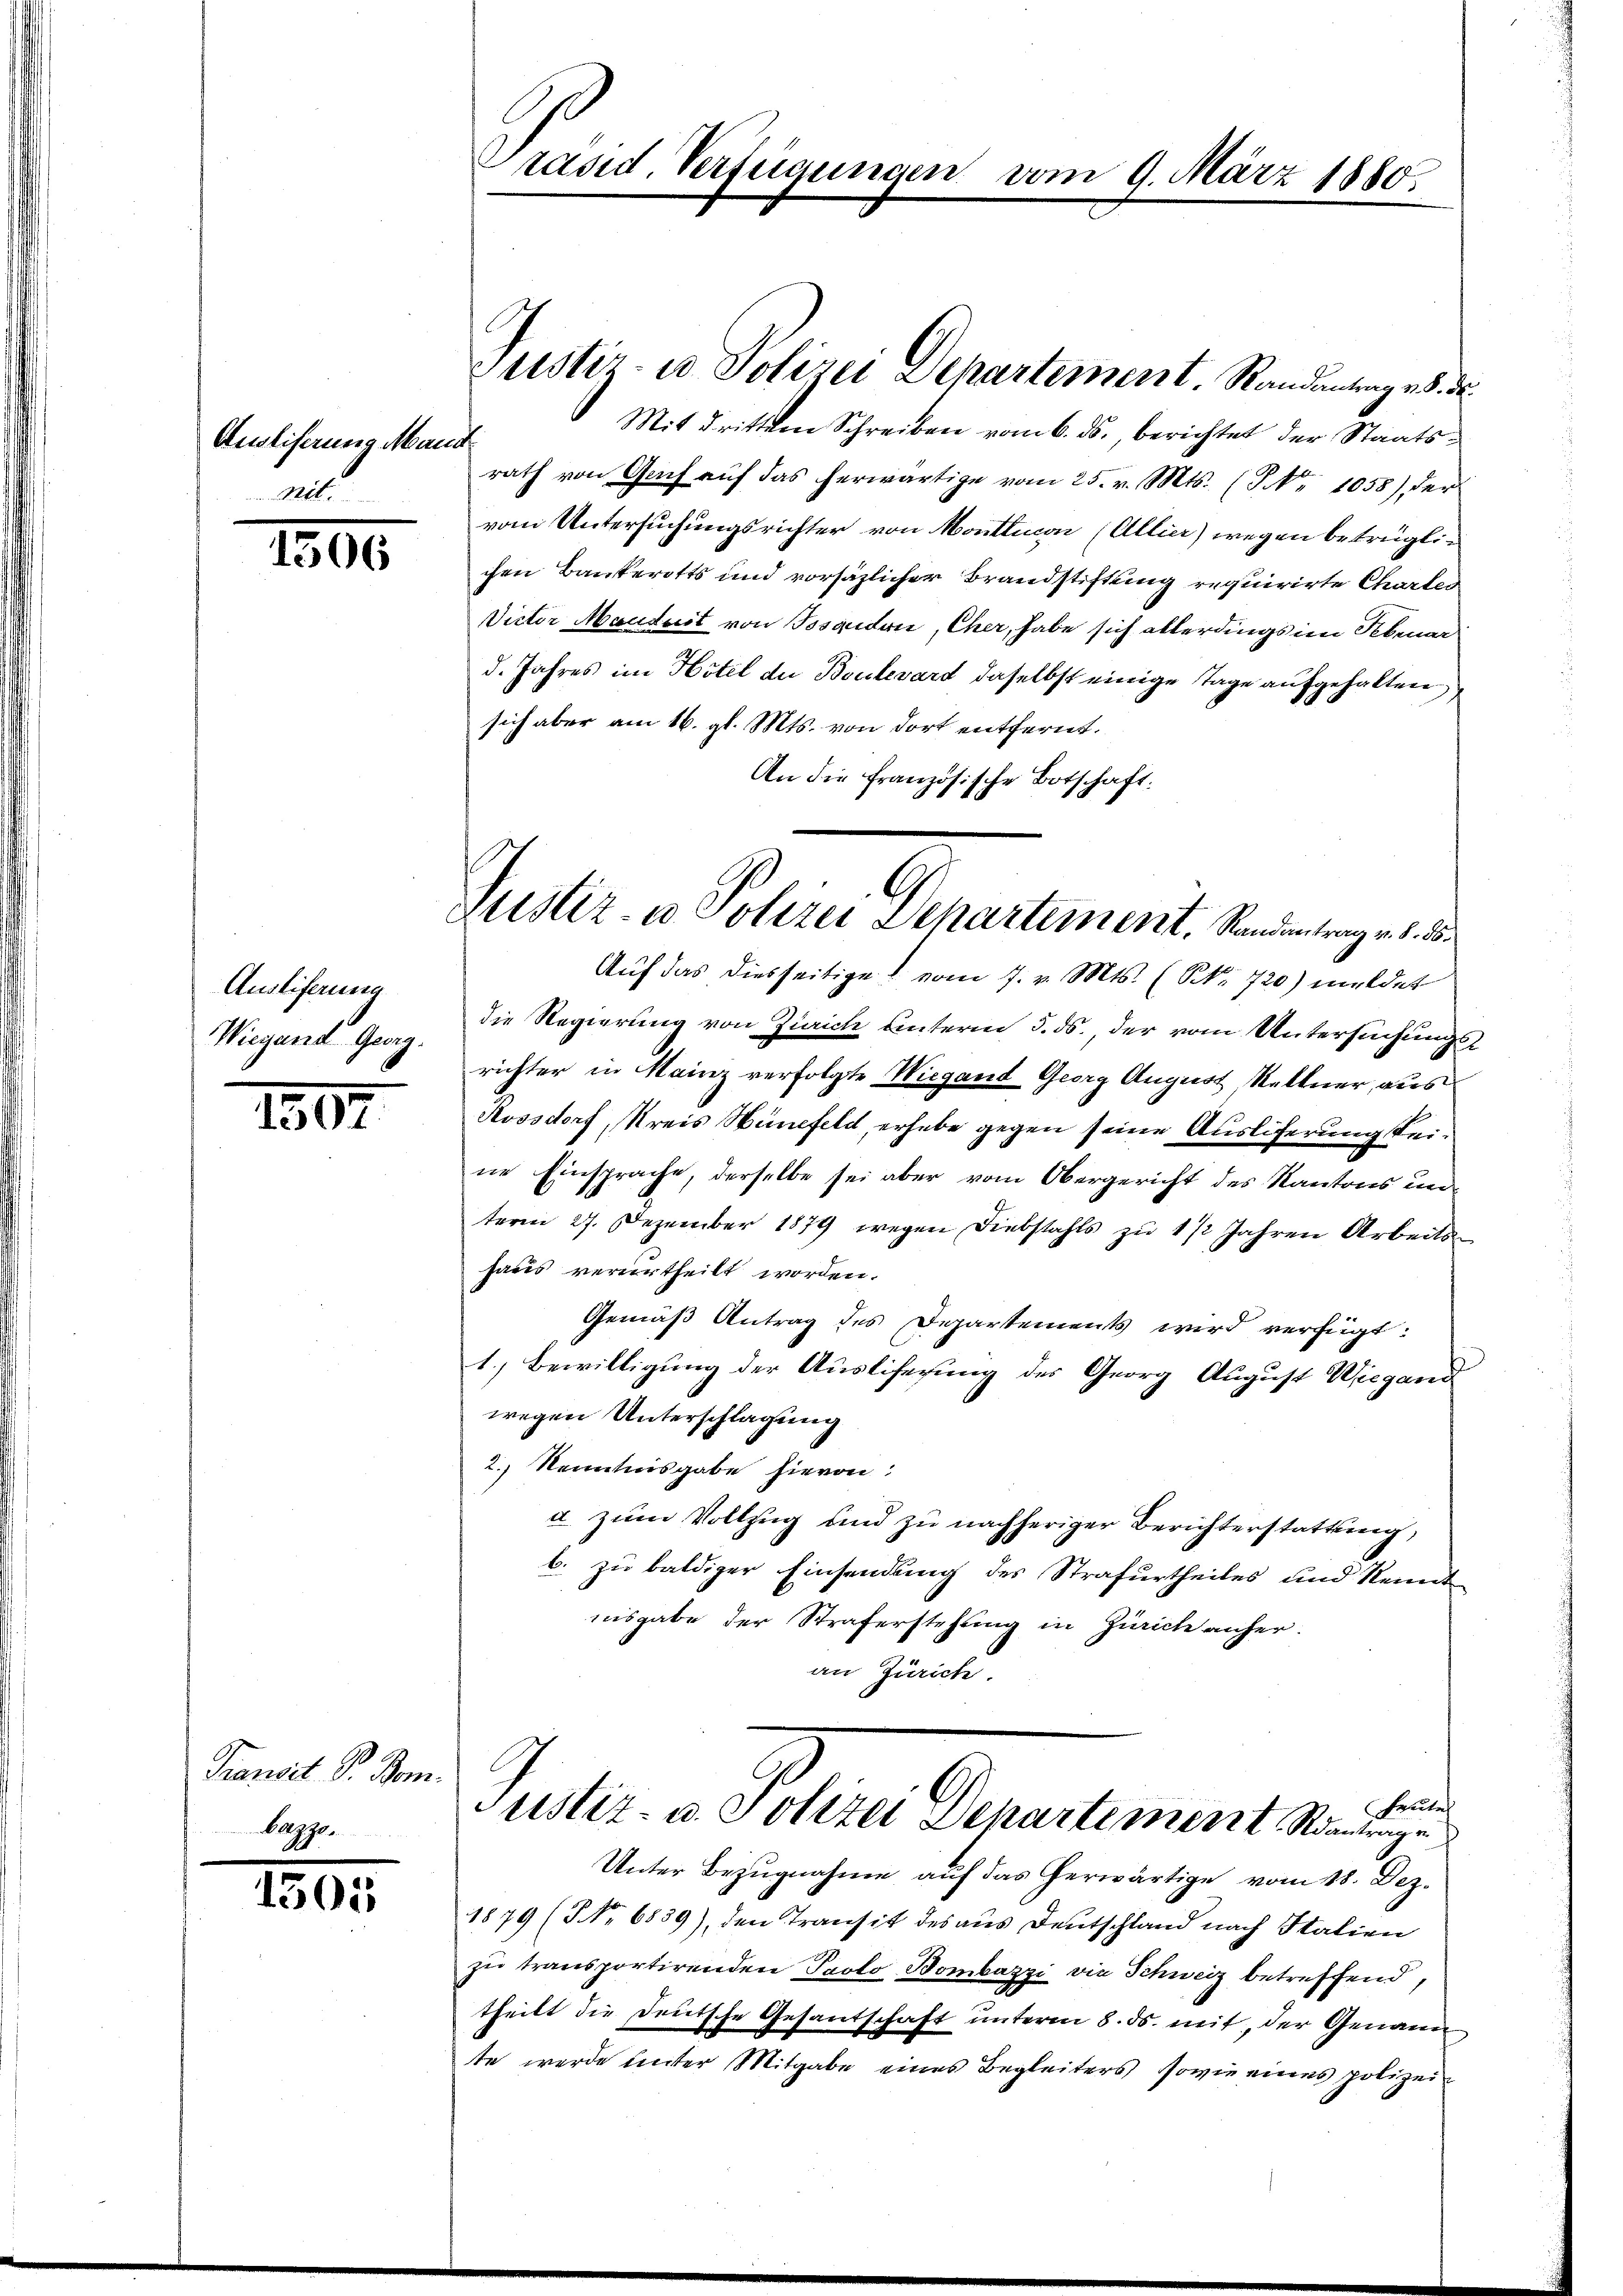
Ansliserung Mann
wit

1506

Austiferung
Wiegend Georg.

1807.

Transit Sr. Dom.
Bazzo.

1505

Präsid. Verfügungen vom 9. März 1880.

Mit dritten Schreiben vom 6. ds. berichtet der Staatsrath von Gach aŭf das herwärtige vom 25. v. Mts. (T No 1058) der
vom Untersuchungsrichter von Montticon (Allier) wegen betrüglichen Bankerotts und vorsäzlicher Brandstiftung requirirte Chartes
Victor Manduit von Bosaudois, Cher, habe sich allerdings im Februar
d. Jahres im Hotel de Boulevard daselbst einige Tage aufgehalten,
sich aber am 16. gl. Mts. von dort entfernt.
An die französische Botschaft:
die Regierung von Zürich unterm 5. ds. der vom Untersuchungsrichter in Mainz verfolgte Wiegand Georg August Seltner, aus
Aossdorf, Kreis Hünefeld, erhebe gegen seine Ausliferung keine Einsprache, derselbe sei aber vom Obergericht des Kantons unterm 27. Dezember 1879 wegen Diebstahls zŭ 1/2 Jahren Arbeits-
haus verurtheilt worden.
Gemäß Antrag des Departements wird verfügt:
1.) Bewilligung der Ausliferung des Georg August Wiegang
wegen Unterschlagung
2.) Kenntnisgabe hievon
a zum Vollzug und zu nachheriger Berichterstattung,
b. zu baldiger Einsendung des Strafurtheiles und kennt
nisgabe der Straferstehung in Zürich anher.
an Zürich.

Justiz- u Polizei Departement Randantrag es de

Justiz- u Polizei Departement. Standentrag v. d. d.
Auf das diesseitige vom 7. v. Mts. (NNo. 720) meldet

Beute
Justiz- u. Polizei Departement, Rantrage

Unter Bezugnahme auf das erwärtige vom 18. Dez.
1879 (NNo. 6839), den Transit des aus Deutschland nach Italien
zu transportirenden Paolo Bombazzi die Schweiz betreffend,
theilt die Deutsche Gesantschaft unterm 8. ds. mit, der Genauen
te werde unter Mitgabe eines Begleiters, sowie eines polizei¬